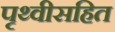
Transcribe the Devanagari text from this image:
पृथ्वीसहित